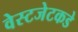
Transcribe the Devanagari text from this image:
वेस्टजेटकडे